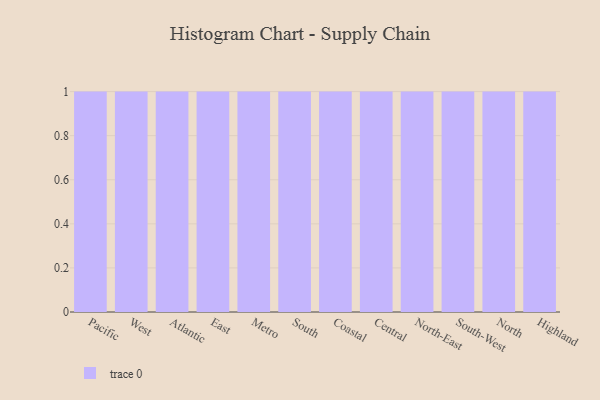
{"axis": {"x": "Region", "y": "Shipments"}, "legend": [""], "data": [{"x": "Pacific", "y": 94, "type": ""}, {"x": "West", "y": 49, "type": ""}, {"x": "Atlantic", "y": 42, "type": ""}, {"x": "East", "y": 29, "type": ""}, {"x": "Metro", "y": 38, "type": ""}, {"x": "South", "y": 24, "type": ""}, {"x": "Coastal", "y": 34, "type": ""}, {"x": "Central", "y": 25, "type": ""}, {"x": "North-East", "y": 61, "type": ""}, {"x": "South-West", "y": 56, "type": ""}, {"x": "North", "y": 94, "type": ""}, {"x": "Highland", "y": 55, "type": ""}]}